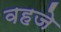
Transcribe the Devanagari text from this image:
वहजे